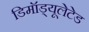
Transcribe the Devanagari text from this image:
डिमॉड्यूलेटेड